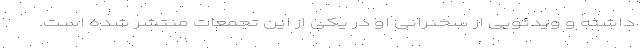
داشته و ویدئویی از سخنرانی او در یکی از این تجمعات منتشر شده است.